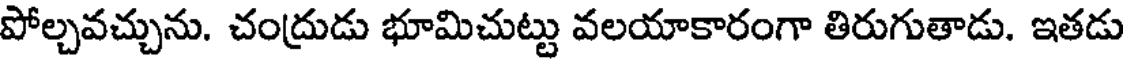
పోల్చవచ్చును. చంద్రుడు భూమిచుట్టు వలయాకారంగా తిరుగుతాడు. ఇతడు